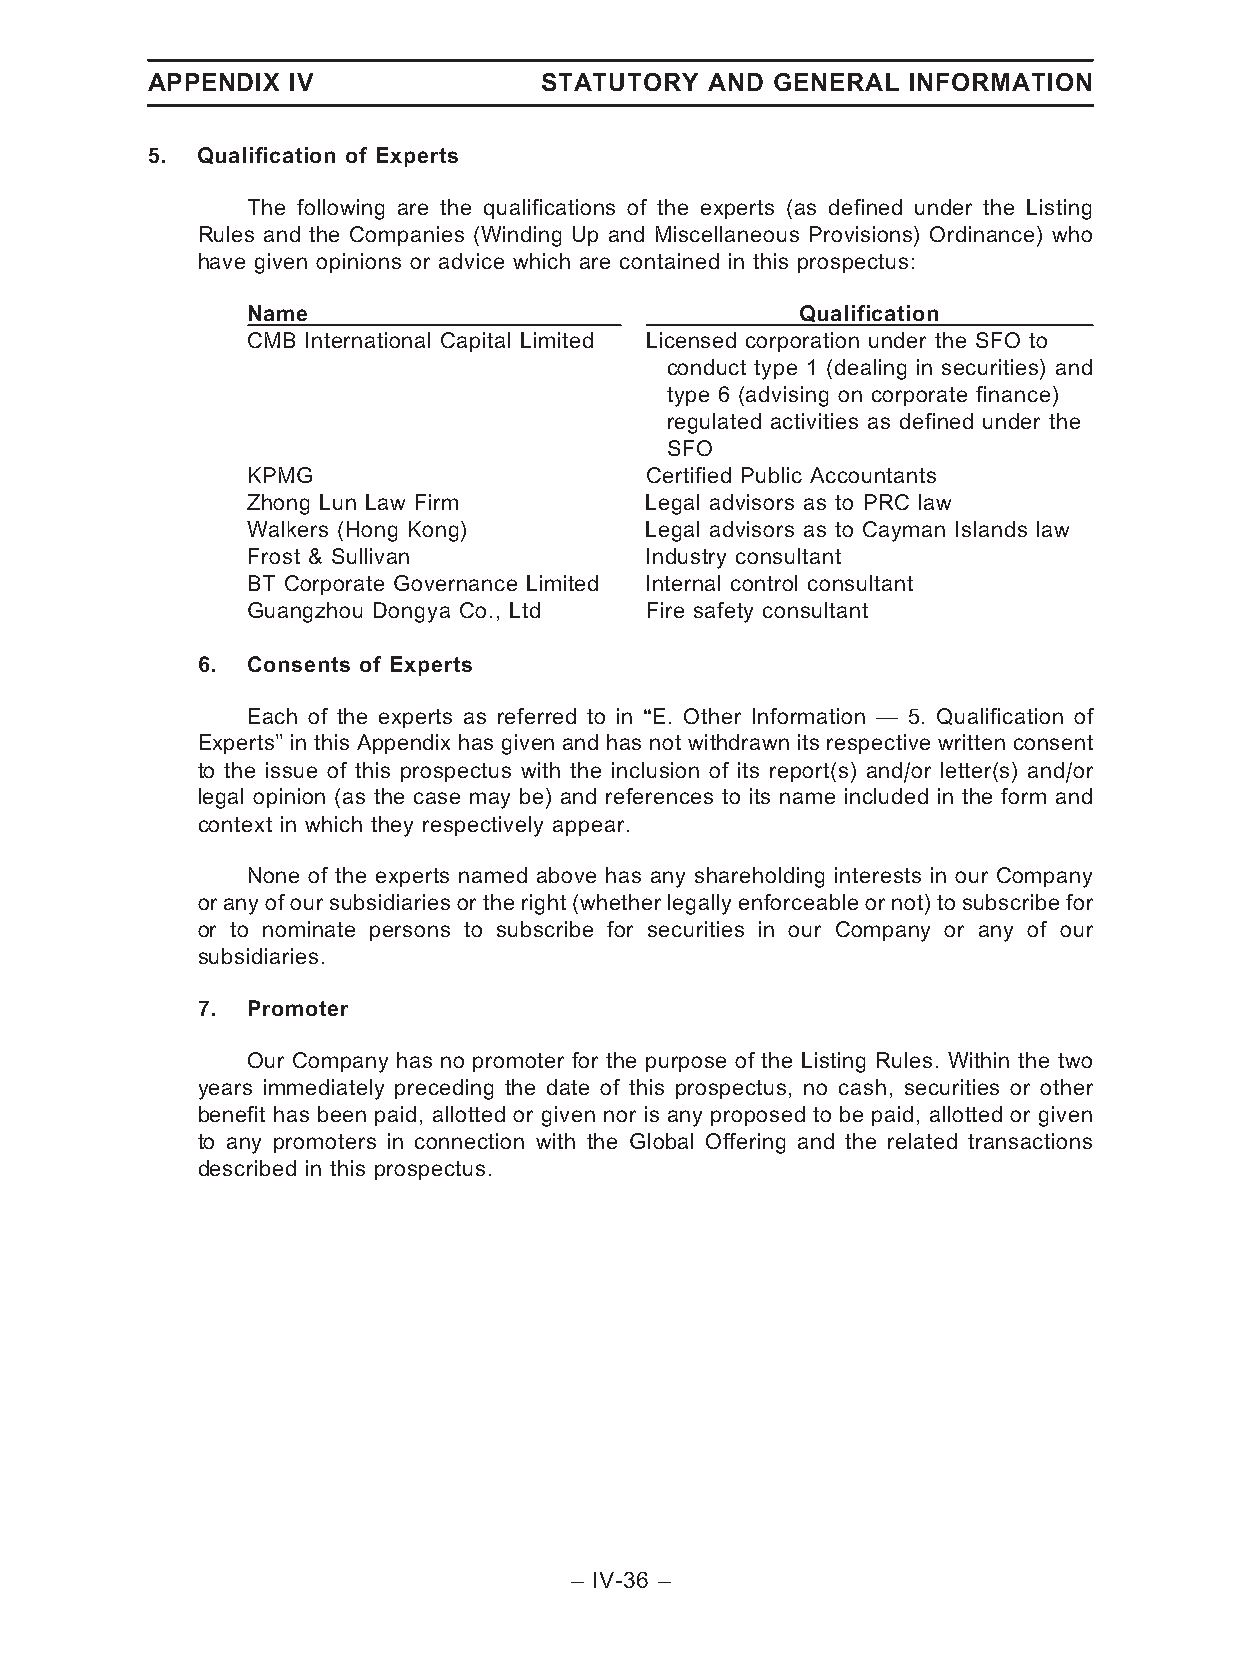
APPENDIX IV               STATUTORY  AND GENERAL  INFORMATION
 5. Qualification of Experts
 The following are the qualifications of the experts (as defined under the Listing
 Rules and the Companies (Winding Up and Miscellaneous Provisions) Ordinance) who
 have given opinions or advice which are contained in this prospectus:
 Name                                 Qualification
 CMB International Capital Limited Licensed corporation under the SFO to
 conduct type 1 (dealing in securities) and
 type 6 (advising on corporate finance)
 regulated activities as defined under the
 SFO
 KPMG                       Certified Public Accountants
 Zhong Lun Law Firm         Legal advisors as to PRC law
 Walkers (Hong Kong)        Legal advisors as to Cayman Islands law
 Frost & Sullivan           Industry consultant
 BT Corporate Governance Limited Internal control consultant
 Guangzhou Dongya Co., Ltd  Fire safety consultant
 6. Consents of Experts
 Each of the experts as referred to in ‘‘E. Other Information — 5. Qualification of
 Experts’’ in this Appendix has given and has not withdrawn its respective written consent
 to the issue of this prospectus with the inclusion of its report(s) and/or letter(s) and/or
 legal opinion (as the case may be) and references to its name included in the form and
 context in which they respectively appear.
 None of the experts named above has any shareholding interests in our Company
 oranyofoursubsidiariesor the right (whetherlegallyenforceable ornot)to subscribefor
 or to nominate persons to subscribe for securities in our Company or any of our
 subsidiaries.
 7. Promoter
 Our Company has no promoter for the purpose of the Listing Rules. Within the two
 years immediately preceding the date of this prospectus, no cash, securities or other
 benefit has been paid, allotted or given nor is any proposed to be paid, allotted or given
 to any promoters in connection with the Global Offering and the related transactions
 described in this prospectus.
 – IV-36 –